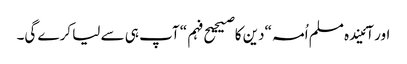
اور آئیندہ مسلم اُمہ “دین کا صیحیح فہم“ آپ ہی سے لیا کرے گی۔